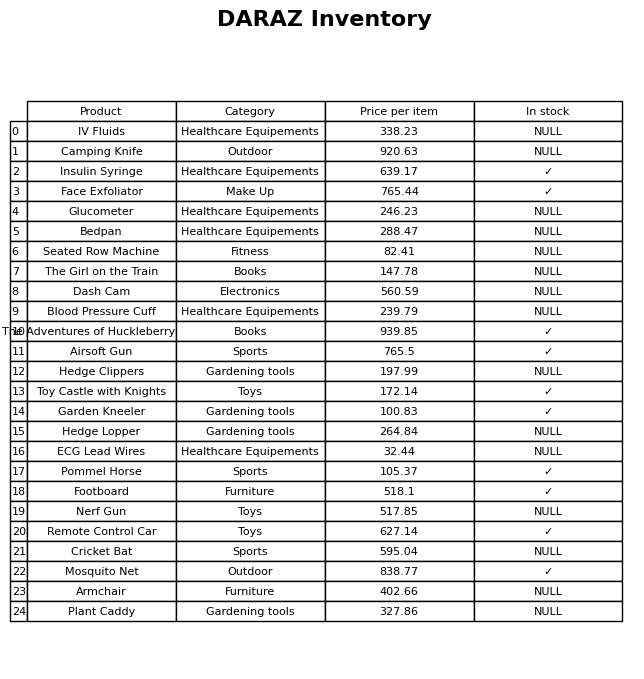
question: What is the price of the Pommel Horse?
answer: The price of Pommel Horse is 105.37.